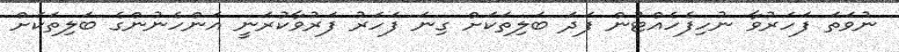
ނުވަތަ ފަހަރުވާ ނުހިފެހެއްޓުން ފަދަ ބަލިތަކަށް ގިނަ ފަހަރު ފަރުވާކުރަނީ އަންހެނުންގެ ބަލިތަކަށް